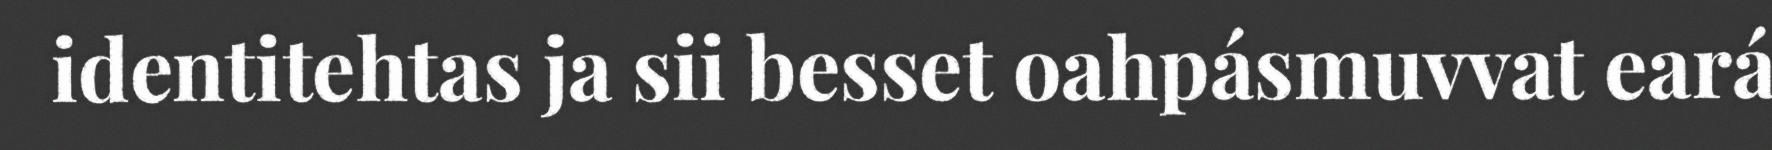
identitehtas ja sii besset oahpásmuvvat eará